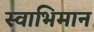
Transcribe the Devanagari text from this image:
स्‍वाभिमान